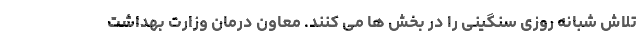
تلاش شبانه روزی سنگینی را در بخش ها می کنند. معاون درمان وزارت بهداشت